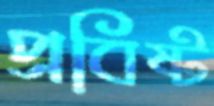
প্রবিষ্ট